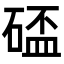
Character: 𥔦